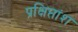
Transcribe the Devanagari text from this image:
प्रक्षिप्तांश